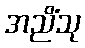
အညိံသု